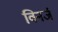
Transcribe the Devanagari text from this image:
विनर्ज